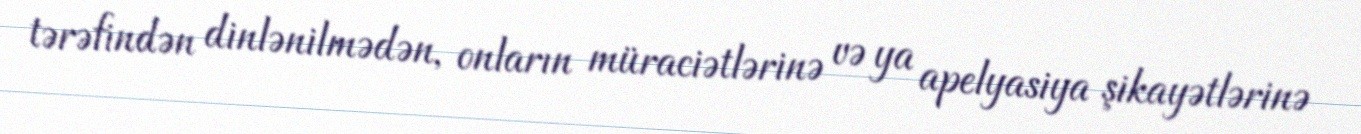
tərəfindən dinlənilmədən, onların müraciətlərinə və ya apelyasiya şikayətlərinə